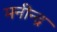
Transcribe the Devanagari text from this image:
मनीन्द्र